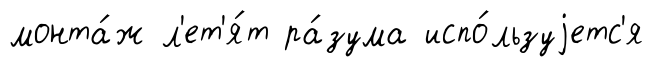
монта́ж л'ет'я́т ра́зума испо́льзуjетс'я